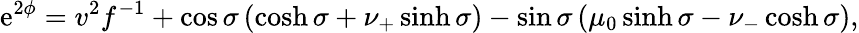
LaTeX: \mathrm{e}^{2\phi}=v^{2}f^{-1}+\cos\sigma\left(\cosh\sigma+\nu_{+}\sinh\sigma\right)-\sin\sigma\left(\mu_{0}\sinh\sigma-\nu_{-}\cosh\sigma\right),